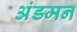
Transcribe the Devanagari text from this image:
अंडमन